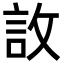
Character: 䚺